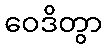
ဝေဒိတွာ